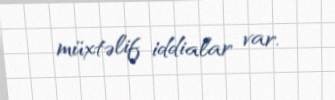
müxtəlif iddialar var.